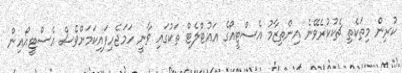
ކުރިން މިތަކެތި ޗެކުކުރެވޭނެ އިންތިޒާމު އެސްޓީއޯގެ އައުޓްލެޓް ތަކުގައި ވާނީ ހަމަޖެހިފައިކަމަށްވެސް އެސްޓީއޯއިން